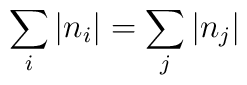
\sum_i \left| n_i\right| = \sum_j \left| n_j \right|